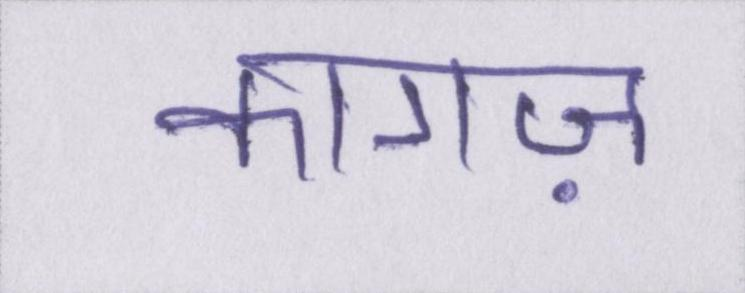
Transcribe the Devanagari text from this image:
कागज़